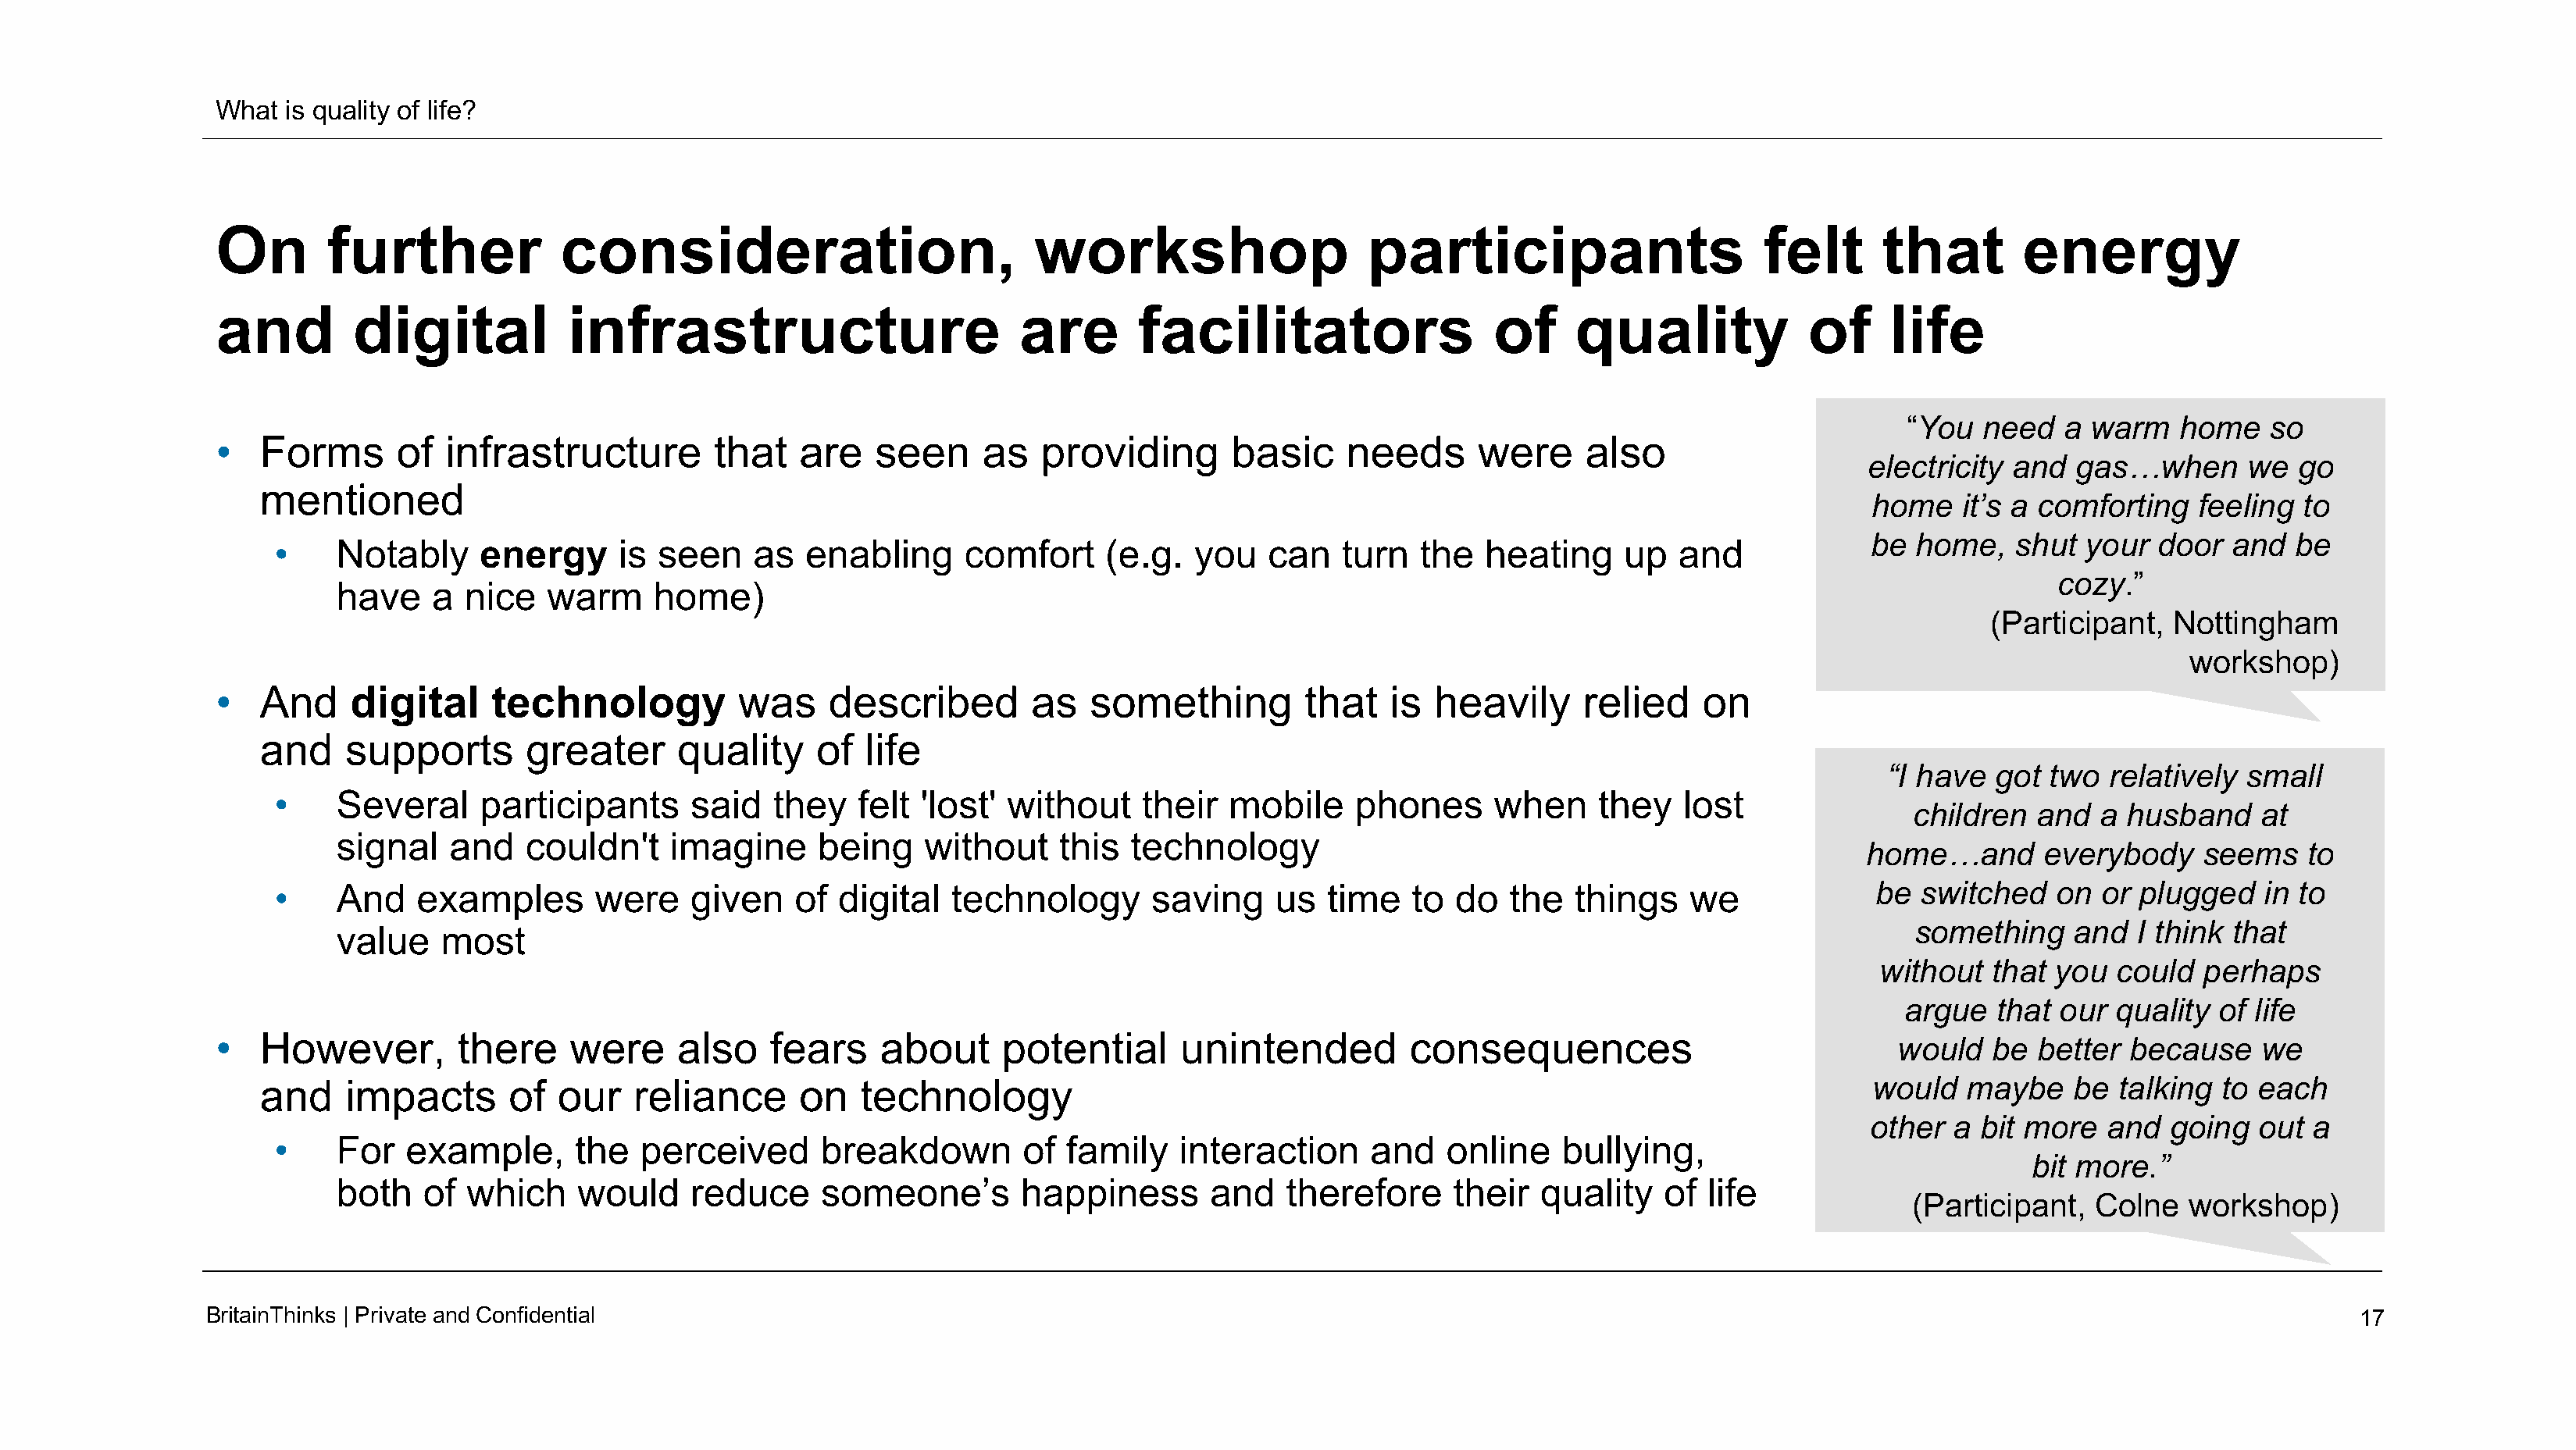
What  is quality of life?
 On        further            consideration,                           workshop                    participants                     felt       that       energy
 and         digital           infrastructure                        are       facilitators                   of    quality             of     life
 “You  need   a warm    home   so
 •   Forms       of  infrastructure         that   are   seen     as   providing       basic     needs      were     also
 electricity  and  gas…when      we   go
 mentioned
 home   it’s a comforting   feeling  to
 be home,    shut  your  door  and   be
 •     Notably     energy     is  seen    as  enabling      comfort     (e.g.  you   can    turn  the   heating     up  and
 cozy.”
 have    a nice   warm     home)
 (Participant,  Nottingham
 workshop)
 •   And     digital     technology           was    described        as   something          that   is  heavily     relied    on
 and    supports        greater     quality     of  life
 “I have  got  two  relatively small
 •     Several     participants      said   they   felt 'lost' without     their  mobile     phones      when    they    lost
 children   and  a husband     at
 signal   and    couldn't    imagine     being    without     this  technology
 home…and       everybody     seems    to
 •     And   examples       were     given   of  digital   technology       saving    us  time    to do   the  things    we              be  switched   on  or plugged    in to
 something     and  I think that
 value   most
 without   that you  could   perhaps
 argue   that  our quality  of life
 •   However,         there    were     also    fears     about     potential      unintended         consequences
 would   be  better because     we
 and    impacts       of  our    reliance      on   technology                                                                            would   maybe    be  talking to each
 other   a bit more   and  going  out  a
 •     For  example,       the  perceived       breakdown        of family    interaction     and    online   bullying,
 bit more.”
 both   of  which    would     reduce     someone’s        happiness       and   therefore     their   quality   of  life
 (Participant,   Colne   workshop)
 BritainThinks | Private andConfidential                                                                                                                                                17